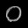
Digit: ၀